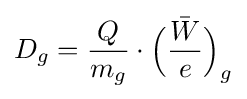
D_{g}={\frac {Q}{m_{g}}}\cdot {\bar {{\Bigl (}{\frac {W}{e}}{\Bigr )}}}_{g}